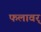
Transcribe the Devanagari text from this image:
फलावर्